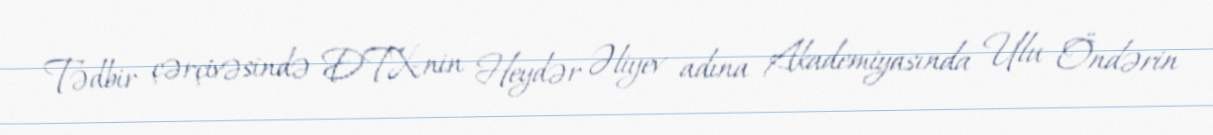
Tədbir çərçivəsində DTX-nin Heydər Əliyev adına Akademiyasında Ulu Öndərin